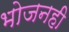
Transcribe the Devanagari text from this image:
भोजनही